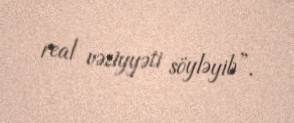
real vəziyyəti söyləyib”.